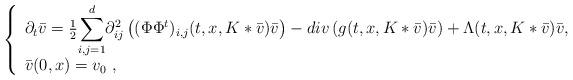
LaTeX: \begin{align*}\left \{\begin{array}{l}\partial_t \bar v = \frac{1}{2} \displaystyle{\sum_{i,j=1}^d} \partial_{ij}^2 \left( (\Phi \Phi^t)_{i,j}(t,x,K\ast \bar v) \bar v \right) - div \left( g(t,x,K\ast \bar v) \bar v \right) +\Lambda(t,x,K\ast \bar v) \bar v, \\\bar v(0,x) = v_0 \ , \end{array}\right .\end{align*}